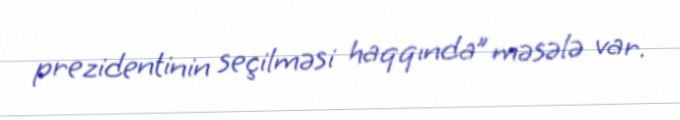
prezidentinin seçilməsi haqqında” məsələ var.